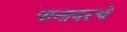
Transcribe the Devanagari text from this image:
पानावरचे